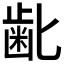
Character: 𮮾